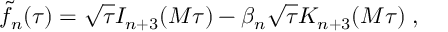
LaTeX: { \widetilde f } _ { n } ( \tau ) = \sqrt { \tau } I _ { n + 3 } ( M \tau ) - \beta _ { n } \sqrt { \tau } K _ { n + 3 } ( M \tau ) \; ,